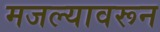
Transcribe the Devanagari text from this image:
मजल्यावरून